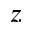
z